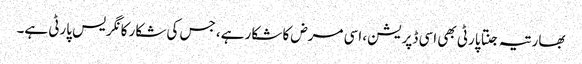
بھارتیہ جنتا پارٹی بھی اسی ڈپریشن، اسی مرض کا شکار ہے، جس کی شکار کانگریس پارٹی ہے۔